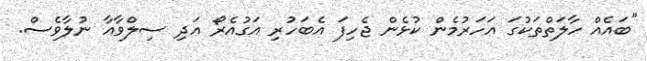
"ބައެއް ހާލަތްތަކުގަ އަހަރުމެން ކުޅެން ޖެހިފަ އެބަހުރި އަގުއެރޯ އަދި ސިލްވާއާ ނުލާވެސް.